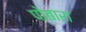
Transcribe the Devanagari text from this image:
पोबारा